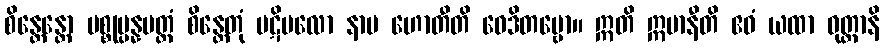
စိန္တေန္တော ပစ္စုပ္ပန္နမတ္ထံ စိန္တေတုံ ပဋိဗလော နာမ ဟောတီတိ ဝေဒိတဗ္ဗော။ ဣတိ ဣမာနီတိ ဧဝံ ယထာ ဝုတ္တာနိ